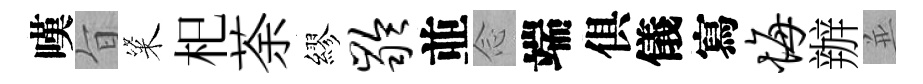
嘆旨粢𣏌荼繆龄並𫝹端俱儀寫悔辦並